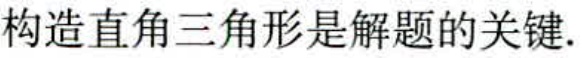
构造直角三角形是解题的关键.